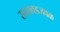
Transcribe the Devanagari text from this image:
सासवडजवळ